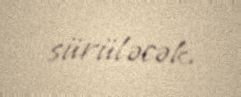
sürüləcək.